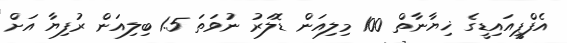
އެފްޕީއައިޑީގެ ޚިޔާނާތް 100 މިލިއަން ޑޮލަރު ނުވަތަ 1.5 ބިލިއަން ރުފިޔާ އަށް